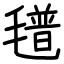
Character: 氆